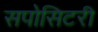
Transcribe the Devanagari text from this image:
सपोसिटरी